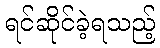
ရင်ဆိုင်ခဲ့ရသည့်